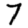
Digit: 7